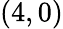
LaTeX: \left(4,0\right)